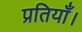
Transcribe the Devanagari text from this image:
प्रतियाँ।